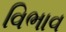
વિભાવ